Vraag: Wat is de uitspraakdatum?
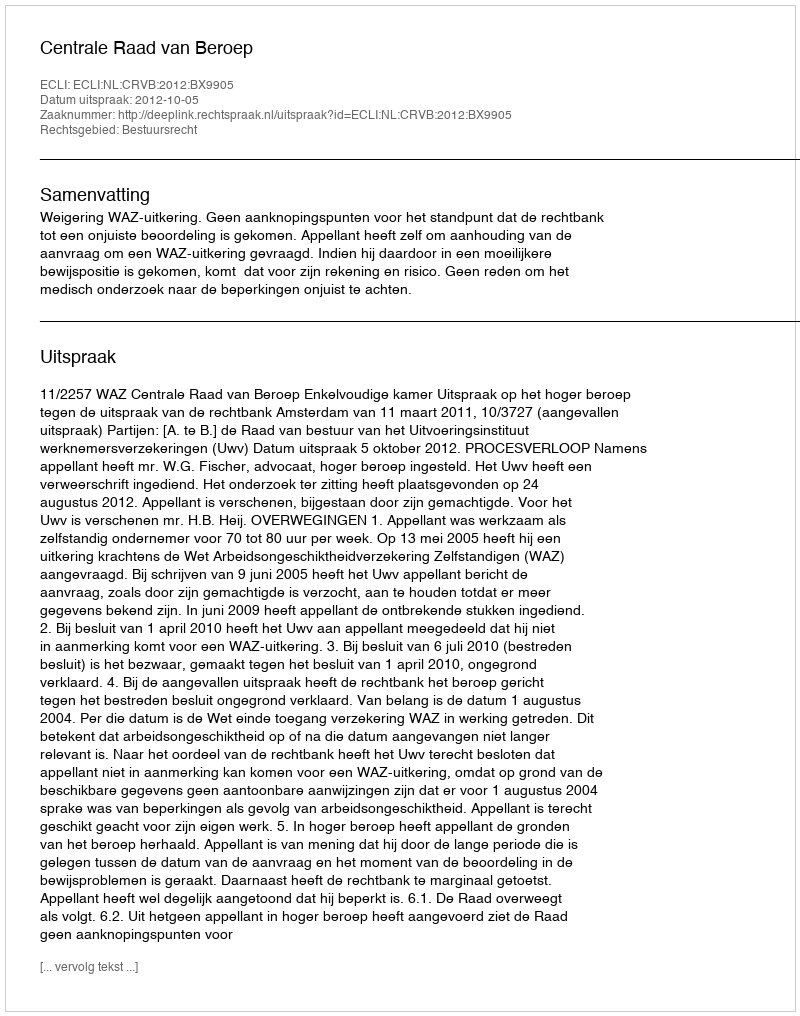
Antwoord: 2012-10-05